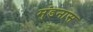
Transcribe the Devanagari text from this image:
मुंडनास